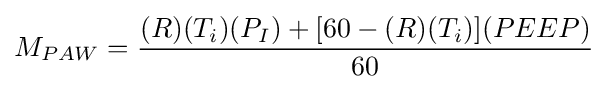
M_{PAW}={\frac {(R)(T_{i})(P_{I})+[60-(R)(T_{i})](PEEP)}{60}}